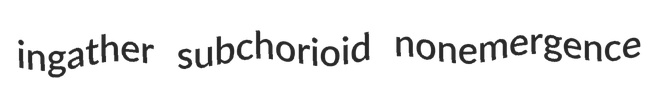
ingather subchorioid nonemergence